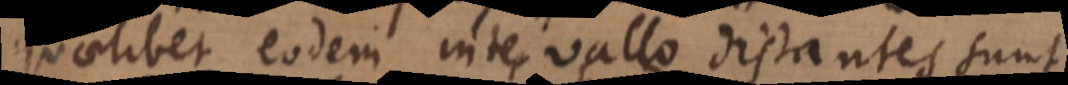
quaelibet eodem intervallo distantes sunt